Statistical return of the lunatic asylum in Assam - 1912-1932
Year: 1912
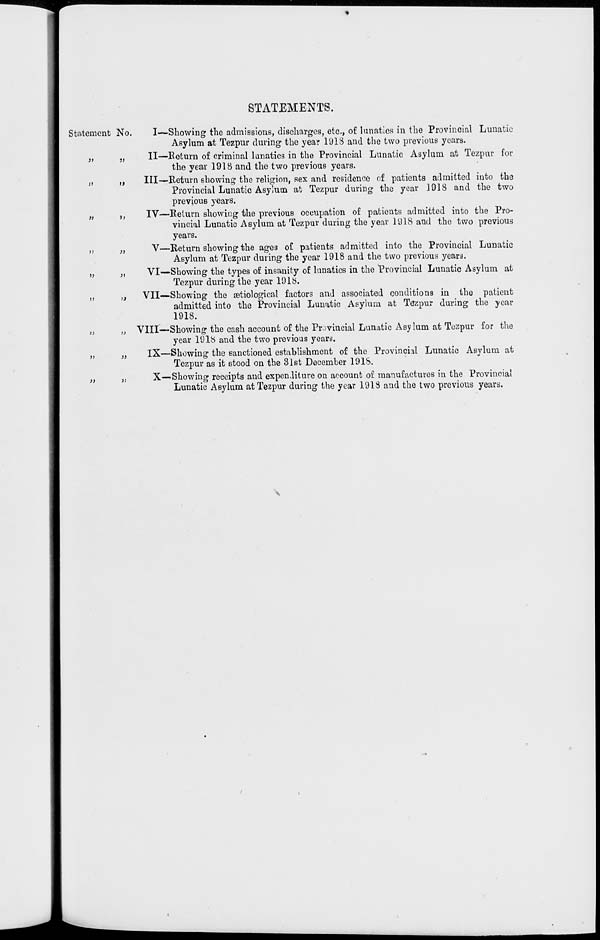
STATEMENTS.
Statement No.
?>
j>
»
))
>)
I—Showing the admissions, discharges, etc., of lunatics in the Provincial Lunatic
Asylum at Tezpur during the year 1918 and the two previous years.
II—Return of criminal lunatics in the Provincial Lunatic Asylum at Tezpur for
the year 1918 and the two previous years.
Ill—Return showing the religion, sex and residence of patients admitted into the
Provincial Lunatic Asylum at Tezpur during the year 1918 and the two
previous years.
IV—Return showing the previous occupation of patients admitted into the Pro-
vincial Lunatic Asylum at Tezpur during the year 1918 and the two previous
years.
V—Return showing the age3 of patients admitted into the Provincial Lunatic
Asylum at Tezpur during the year 1918 and the two previous years.
VI—Showing the types of insanity of lunatics in the Provincial Lunatic Asylum at
Tezpur during the year 1918.
VII—Showing the setiological factors and associated conditions in the patient
admitted into the Provincial Lunatic Asylum at Tezpur during the year
1918.
VIII—Showing the cash account of the Provincial Lunatic Asylum at Tezpur for the
year 1918 and the two previous years.
IX—Showing the sanctioned establishment of the Provincial Lunatic Asylum at
Tezpur as it stood on the 31st December 19IS.
X—.Showing receipts and expenditure on account of manufactures in the Provincial
Lunatic Asylum at Tezpur during the year 1918 and the two previous years.